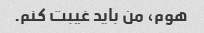
هوم، من باید غیبت کنم.